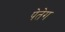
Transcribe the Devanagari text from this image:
पेतेग